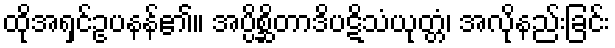
ထိုအရှင်ဥပနန်၏။ အပ္ပိစ္ဆိတာဒိပဋိသံယုတ္တံ၊ အလိုနည်းခြင်း